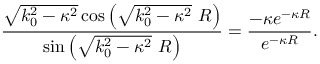
\frac { \sqrt { k _ { 0 } ^ { 2 } - \kappa ^ { 2 } } \cos \left( \sqrt { k _ { 0 } ^ { 2 } - \kappa ^ { 2 } } \ R \right) } { \sin \left( \sqrt { k _ { 0 } ^ { 2 } - \kappa ^ { 2 } } \ R \right) } = \frac { - \kappa e ^ { - \kappa R } } { e ^ { - \kappa R } } .